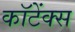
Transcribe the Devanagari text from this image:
कॉटेंक्स